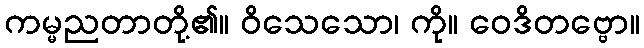
ကမ္မညတာတို့၏။ ဝိသေသော၊ ကို။ ဝေဒိတဗ္ဗော။